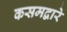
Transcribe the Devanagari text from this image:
कसमद्वारे